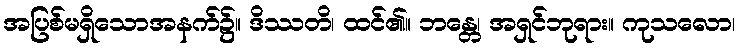
အပြစ်မရှိသောအနက်၌။ ဒိဿတိ၊ ထင်၏။ ဘန္တေ၊ အရှင်ဘုရား။ ကုသလော၊